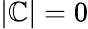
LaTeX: |\mathbb{C}|=0